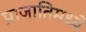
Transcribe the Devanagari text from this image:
प्राजातिमध्ये